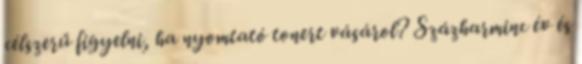
célszerű figyelni, ha nyomtató tonert vásárol? Százharminc év és